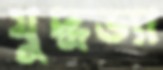
যুদ্ধভ্যা